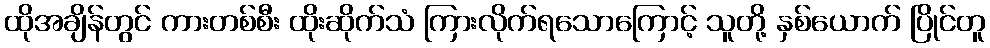
ထိုအချိန်တွင် ကားတစ်စီး ထိုးဆိုက်သံ ကြားလိုက်ရသောကြောင့် သူတို့ နှစ်ယောက် ပြိုင်တူ